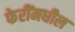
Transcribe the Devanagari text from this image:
फेरींमधील